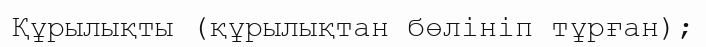
Құрылықты (құрылықтан бөлініп тұрған);